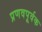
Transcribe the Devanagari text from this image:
प्रणवपूर्वक